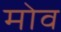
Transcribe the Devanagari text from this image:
मोव